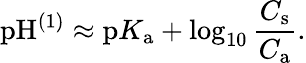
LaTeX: \mathrm{pH}^{\mathrm{(1)}}\approx\mathrm{p}K_{\mathrm{a}}+\log_{10}{\frac{C_{\mathrm{s}}}{C_{\mathrm{a}}}}.